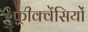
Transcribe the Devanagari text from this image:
फ़्रीक्वेंसियों